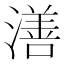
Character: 㵛